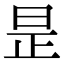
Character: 昰